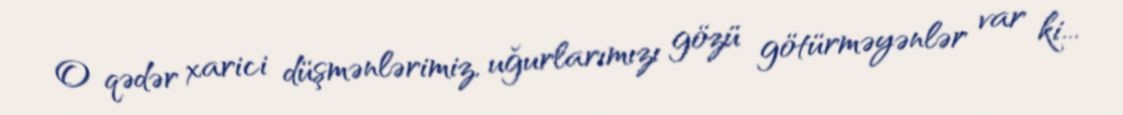
O qədər xarici düşmənlərimiz, uğurlarımızı gözü götürməyənlər var ki...